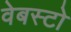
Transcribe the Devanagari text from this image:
वेबस्टो